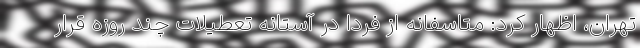
تهران، اظهار کرد: متاسفانه از فردا در آستانه تعطیلات چند روزه قرار